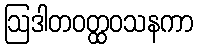
ဩဒါတဝတ္ထဝသနကာ